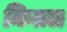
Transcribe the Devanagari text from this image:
कितल